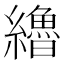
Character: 𰫷